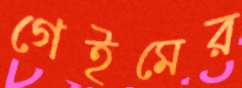
গেইমের